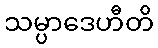
သမ္ပာဒေဟီတိ